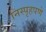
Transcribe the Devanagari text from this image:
निस्पृहपणे